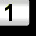
Digit: 1